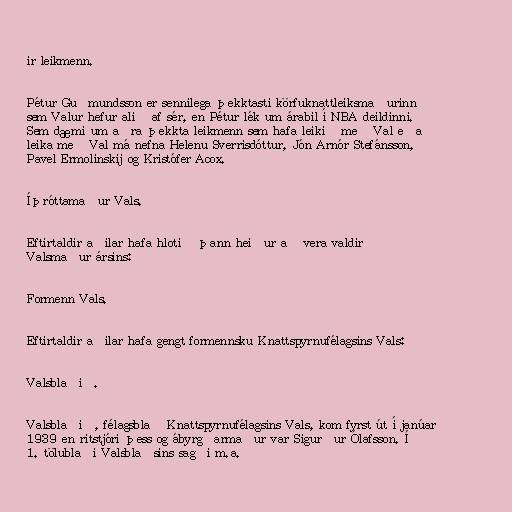
ir leikmenn.

Pétur Guðmundsson er sennilega þekktasti körfuknattleiksmaðurinn
sem Valur hefur alið af sér, en Pétur lék um árabil í NBA deildinni.
Sem dæmi um aðra þekkta leikmenn sem hafa leikið með Val eða
leika með Val má nefna Helenu Sverrisdóttur, Jón Arnór Stefánsson,
Pavel Ermolinskij og Kristófer Acox.

Íþróttamaður Vals.

Eftirtaldir aðilar hafa hlotið þann heiður að vera valdir
Valsmaður ársins:

Formenn Vals.

Eftirtaldir aðilar hafa gengt formennsku Knattspyrnufélagsins Vals:

Valsblaðið.

Valsblaðið, félagsblað Knattspyrnufélagsins Vals, kom fyrst út í janúar
1939 en ritstjóri þess og ábyrgðarmaður var Sigurður Ólafsson. Í
1. tölublaði Valsblaðsins sagði m.a.